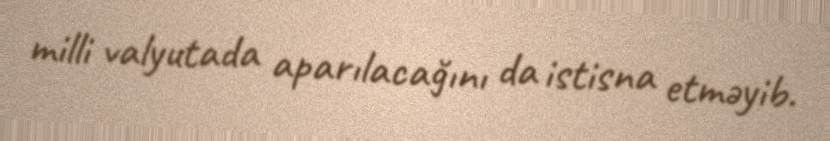
milli valyutada aparılacağını da istisna etməyib.